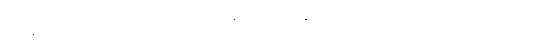
အချောင်တတ်လာလိမ့်မယ်လို့ မင်း မမျှော်လင့်လေနဲ့၊ မင်းသွားသင်မယ့် ဘာသာရပ်တွေက